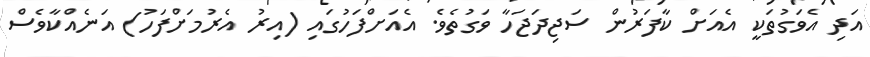
އަދި އެވަގުތަކީ އެއަށް ކާފަރުން ސަޖިދަޖަހާ ވަގުތެވެ. އެއަށްފަހުގައި (އިރު އެރުމަށްފަހު) އަނެއްކާވެސް